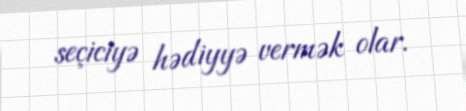
seçiciyə hədiyyə vermək olar.